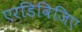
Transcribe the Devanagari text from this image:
एरडिविजिए